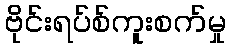
ဗိုင်းရပ်စ်ကူးစက်မှု